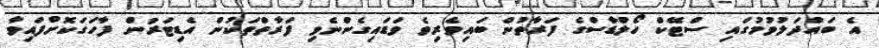
އެ ބައްދަލުވުމުގައި ސްޓޭކް ހޯލްޑާސްގެ ފަރާތުން ބައިވެރިވެ ވަޑައިގެންނެވި ފަރާތްތަކުން އެޑިޓަރުން ފާހަގަކޮށްފައިވާ